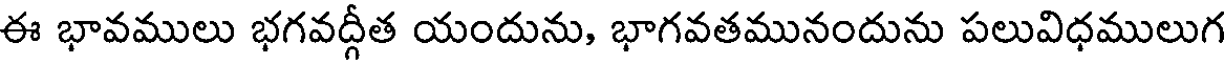
ఈ భావములు భగవద్గీత యందును, భాగవతమునందును పలువిధములుగ